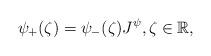
LaTeX: \begin{align*} \mathcal{\psi}_{+}(\zeta)=\mathcal{\psi}_{-}(\zeta)J^{\mathcal{\psi}}, \zeta\in\mathbb{R}, \end{align*}